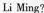
Li Ming?